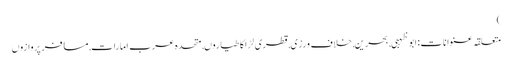
)
متعلقہ عنوانات‬:ابوظہبی, بحرین, خلاف ورزی, قطری لڑاکا طیاروں, متحدہ عرب امارات, مسافر پروازوں